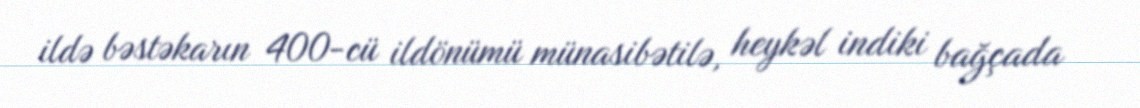
ildə bəstəkarın 400-cü ildönümü münasibətilə, heykəl indiki bağçada